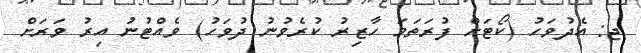
ޖ: އެދުވަހު (ކޯޓަށް ފުރަތަމަ ހާޒިރު ކުރެވުނު ދުވަހު) ވެއްޓުނު އިރު ވަރަށް